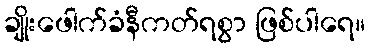
ချိုးဖေါက်ခံနီကတ်ရစွာ ဖြစ်ပါရေ။